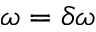
\omega = \delta \omega